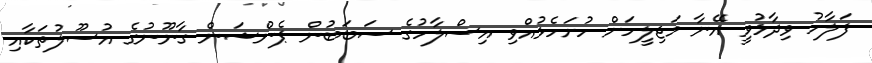
ފަލާހު ވިދާޅުވީ އޭނާ މަޖިލީހަށް ހުށަހެޅުއްވި އިސްލާހުގެ ސަބަބުން ޕެންޝަން ގާނޫނުގެ އުސޫލުތަކާއި